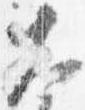
大